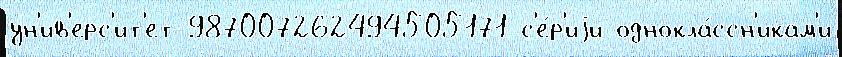
ун'ив'ерс'ит'ет 987007262494505171 с'е́р'иjи однокла́ссн'икам'и